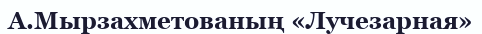
А.Мырзахметованың «Лучезарная»